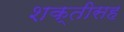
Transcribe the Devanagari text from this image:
शक्तीसह